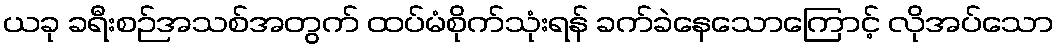
ယခု ခရီးစဉ်အသစ်အတွက် ထပ်မံစိုက်သုံးရန် ခက်ခဲနေသောကြောင့် လိုအပ်သော